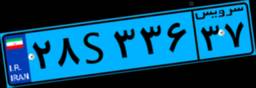
۷۹S۲۶۶۲۲